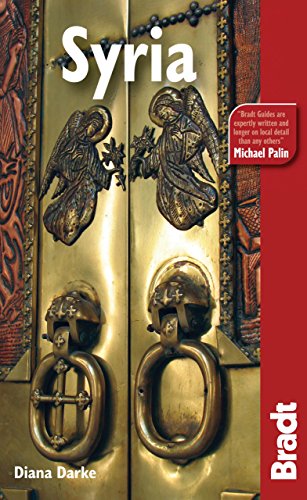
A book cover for Syria (Bradt Travel Guide Syria); Diana Darke; Travel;